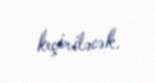
keçiriləcək.